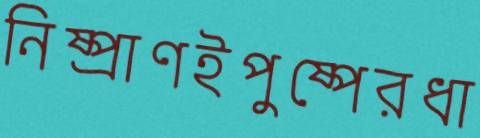
নিষ্প্রাণইপুষ্পেরধা